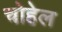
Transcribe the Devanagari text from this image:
चोहेल